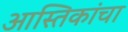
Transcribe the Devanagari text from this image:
आस्तिकांचा